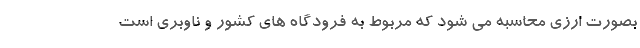
بصورت ارزی محاسبه می شود که مربوط به فرودگاه های کشور و ناوبری است